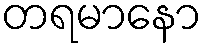
တရမာနော